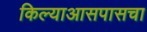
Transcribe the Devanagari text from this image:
किल्याआसपासचा